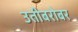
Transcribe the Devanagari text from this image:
उतीबरोबर